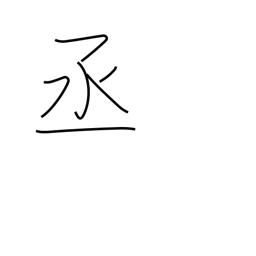
Meaning: help